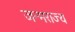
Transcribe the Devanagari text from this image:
जन्मराज्य